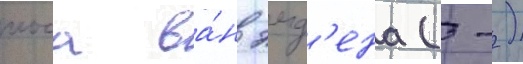
иоса ва́н эмд'ена (-)